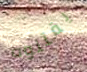
يقتلوه